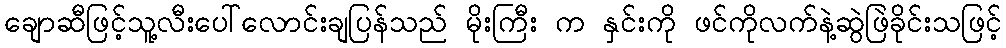
ချောဆီဖြင့်သူ့လီးပေါ်လောင်းချပြန်သည် မိုးကြီး က နှင်းကို ဖင်ကိုလက်နဲ့ဆွဲဖြဲခိုင်းသဖြင့်